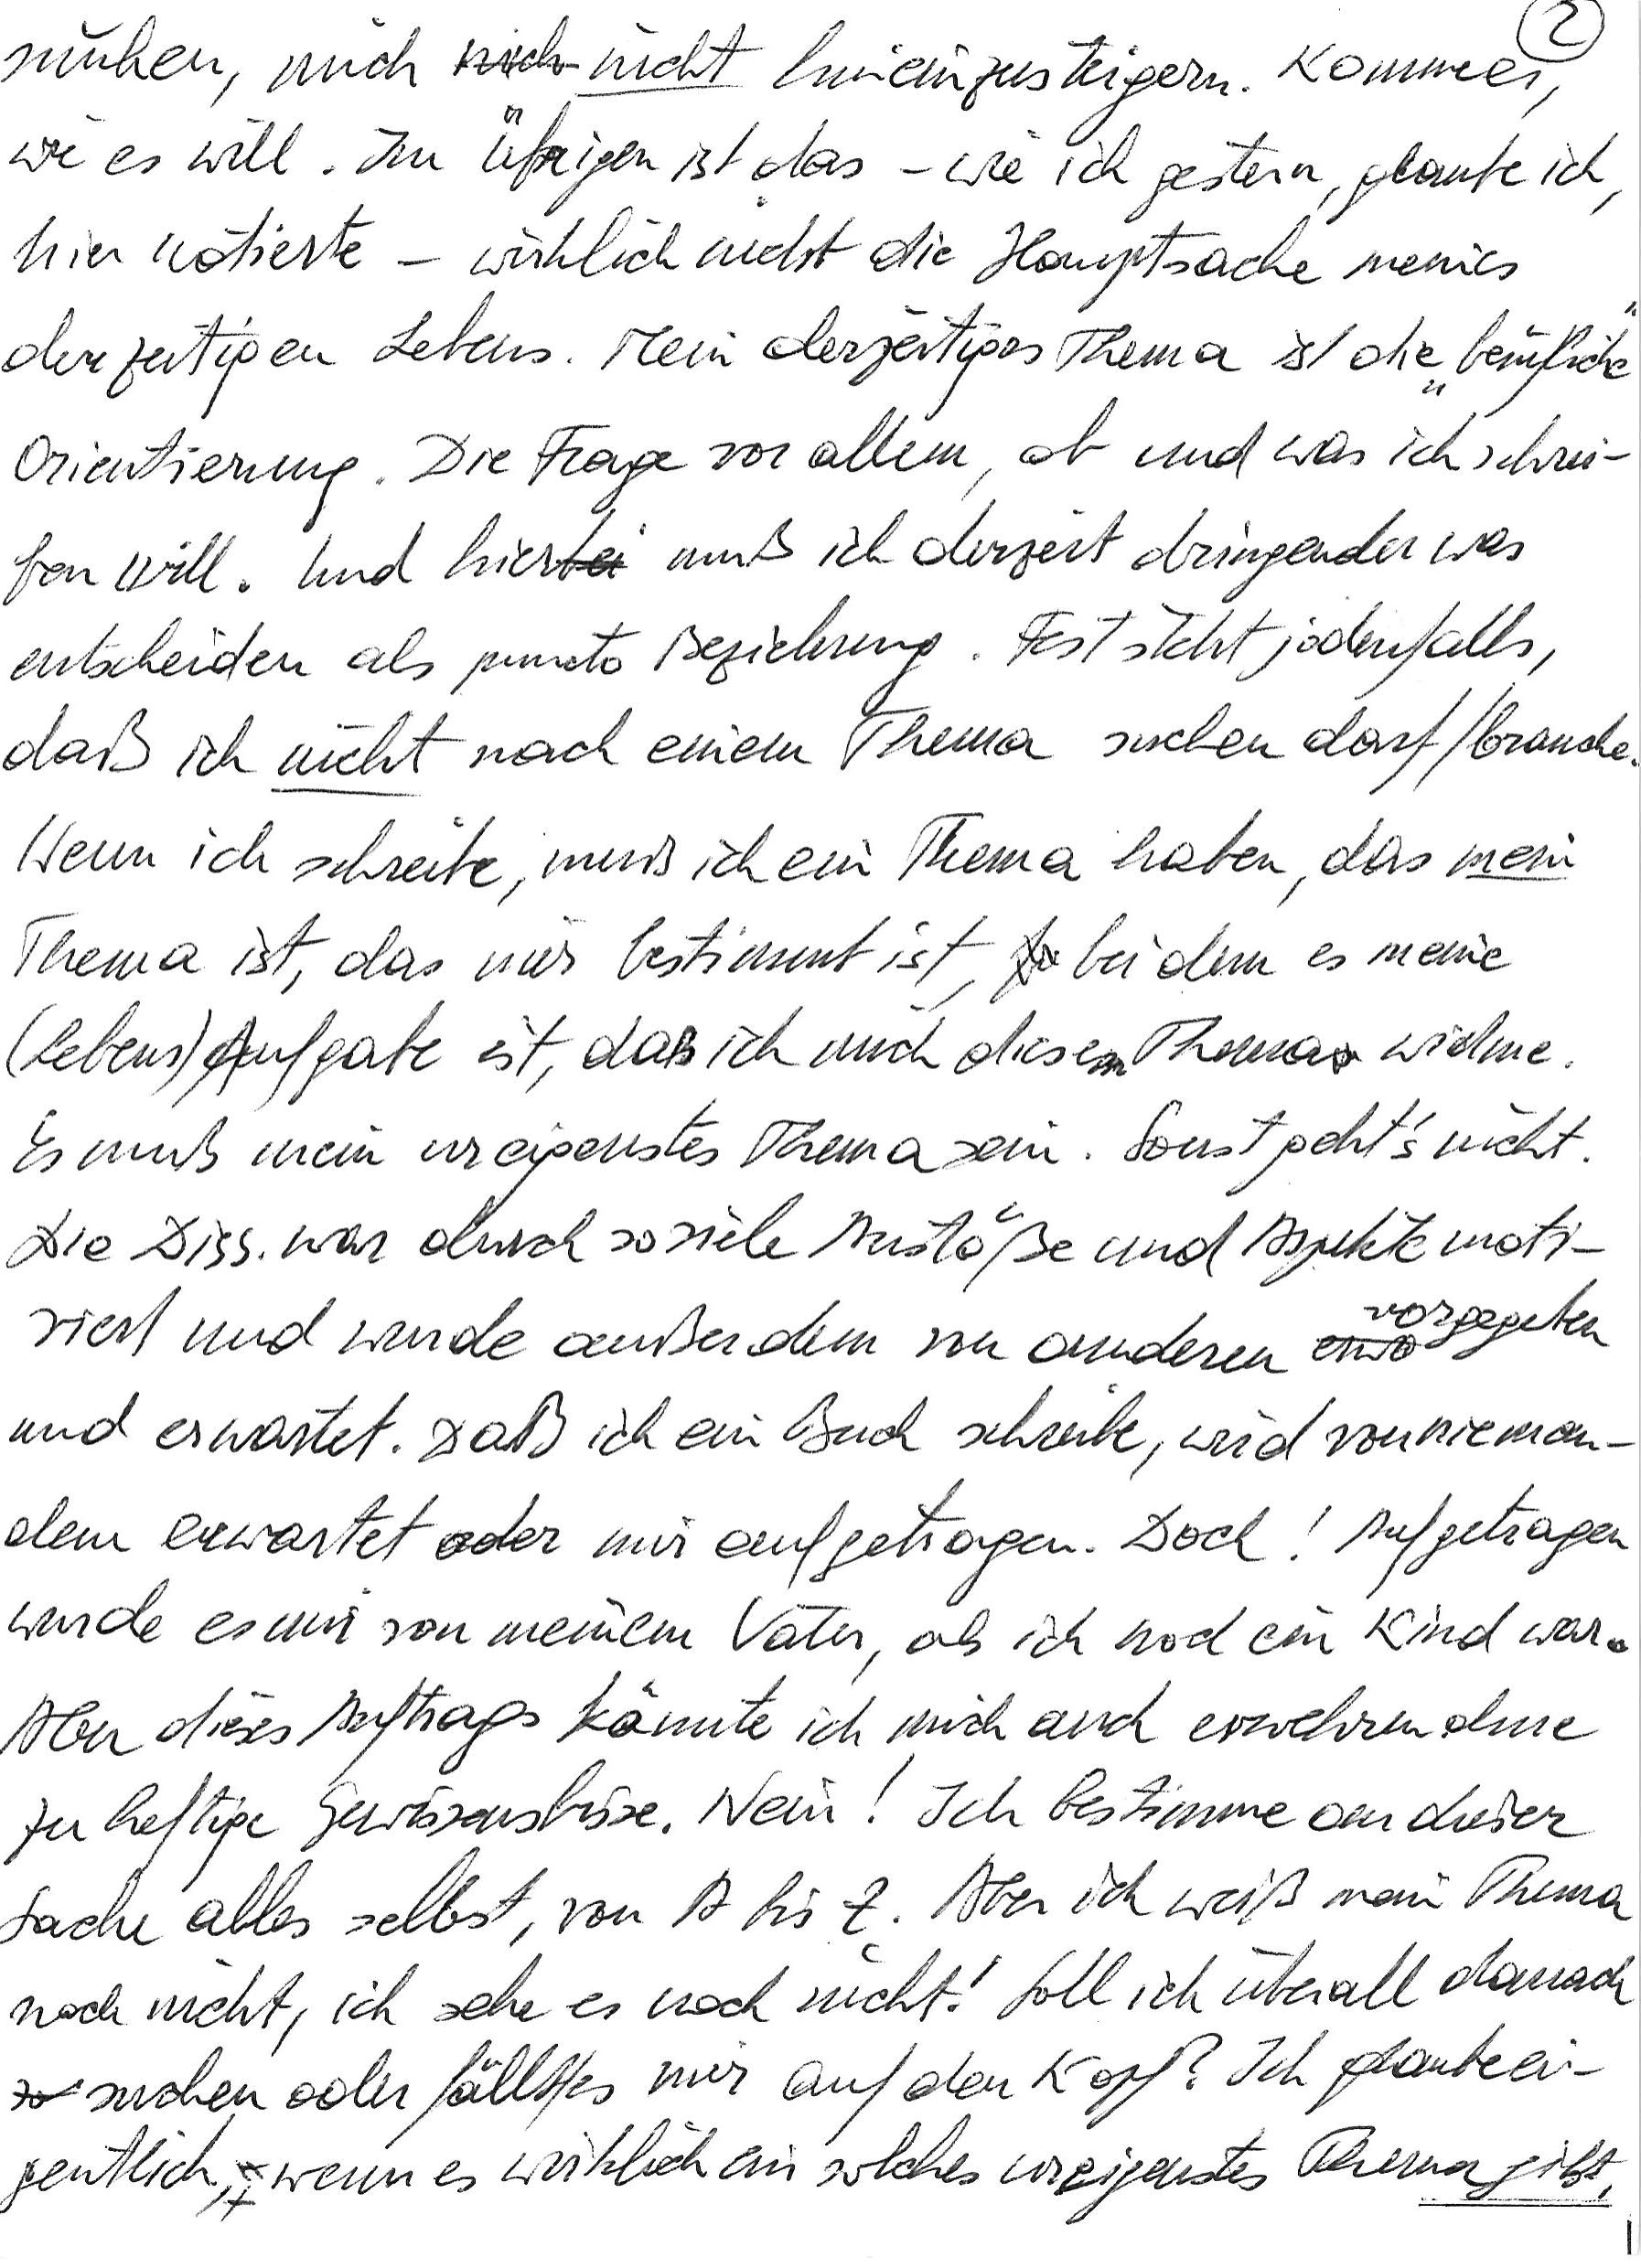
mühen, mich nicht hineinzusteigern. Komme es,
wie es will. Im Übrigen ist das – wie ich gestern, glaube ich,
hier notierte – wirklich nicht die Hauptsache meines
derzeitigen Lebens. Mein derzeitiges Thema ist die „berufliche“
Orientierung. Die Frage vor allem, ob und was ich schrei-
ben will. Und hier muß ich derzeit dringender was
entscheiden als puncto Beziehung. Fest steht jedenfalls,
daß ich nicht nach einem Thema suchen darf/brauche.
Wenn ich schreibe, muß ich ein Thema haben, das mein
Thema ist, das mir bestimmt ist, bei dem es meine
(Lebens)Aufgabe ist, daß ich mich diesem Thema widme.
Es muß mein ureigenstes Thema sein. Sonst geht’s nicht.
Die Diss. war durch so viele Anstöße und Aspekte moti-
viert und wurde außerdem von anderen vorgegeben
und erwartet. Daß ich ein Buch schreibe, wird von nieman-
dem erwartet oder mir aufgetragen. Doch! Aufgetragen
wurde es mir von meinem Vater, als ich noch ein Kind war.
Aber dieses Auftrags könnte ich mich auch erwehren ohne
zu heftige Gewissensbisse. Nein! Ich bestimme an dieser
Sache alles selbst, von A bis Z. Aber ich weiß mein Thema
noch nicht, ich sehe es noch nicht! Soll ich überall danach
suchen oder fällt es mir auf den Kopf? Ich glaube ei-
gentlich, wenn es wirklich ein solches ureigenstes Thema gibt,